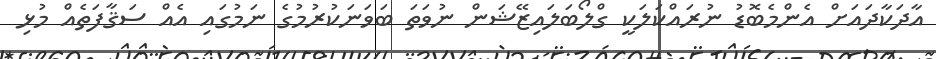
އާދަކާދައަށް އެންމެބޮޑު ނުރައްކަލަކީ ގްލޯބަލައިޒޭޝަން ނުވަތަ ބަވަނަކުރުމުގެ ނަމުގައި އެއް ސަޤާފަތެއް މުޅި